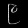
Digit: ၉